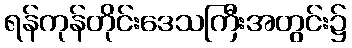
ရန်ကုန်တိုင်းဒေသကြီးအတွင်း၌